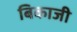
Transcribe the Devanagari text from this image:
बिकाजी